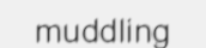
muddling